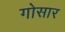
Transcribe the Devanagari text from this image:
गोसार